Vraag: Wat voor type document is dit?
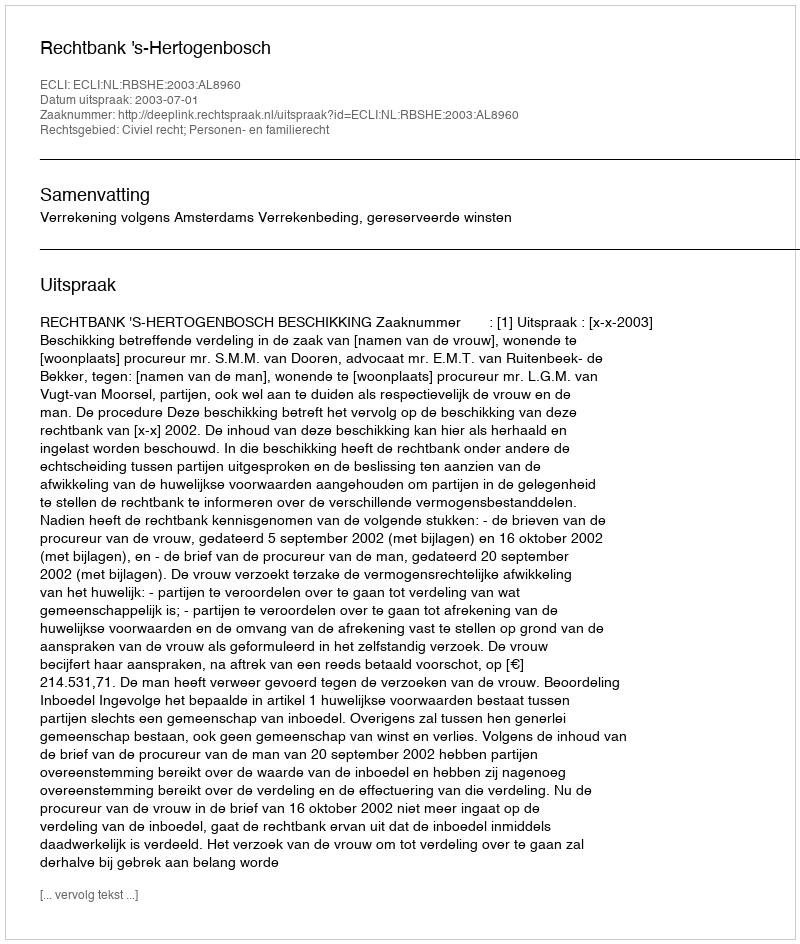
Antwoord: Uitspraak